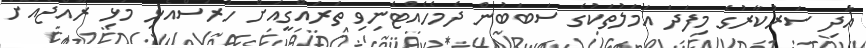
އަދި ސަރުކާރުގެ މިފަދަ އަމަލުތަކުގެ ސަބަބުން ދެމެހެއްޓެނިވި ތަރައްގީއަށް ހުރަސްއެޅި މުޅި ރާއްޖެއަށް